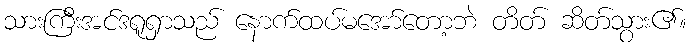
သားကြီးအင်ဒရူရှာသည် နောက်ထပ်မအော်တော့ဘဲ တိတ် ဆိတ်သွား၏။